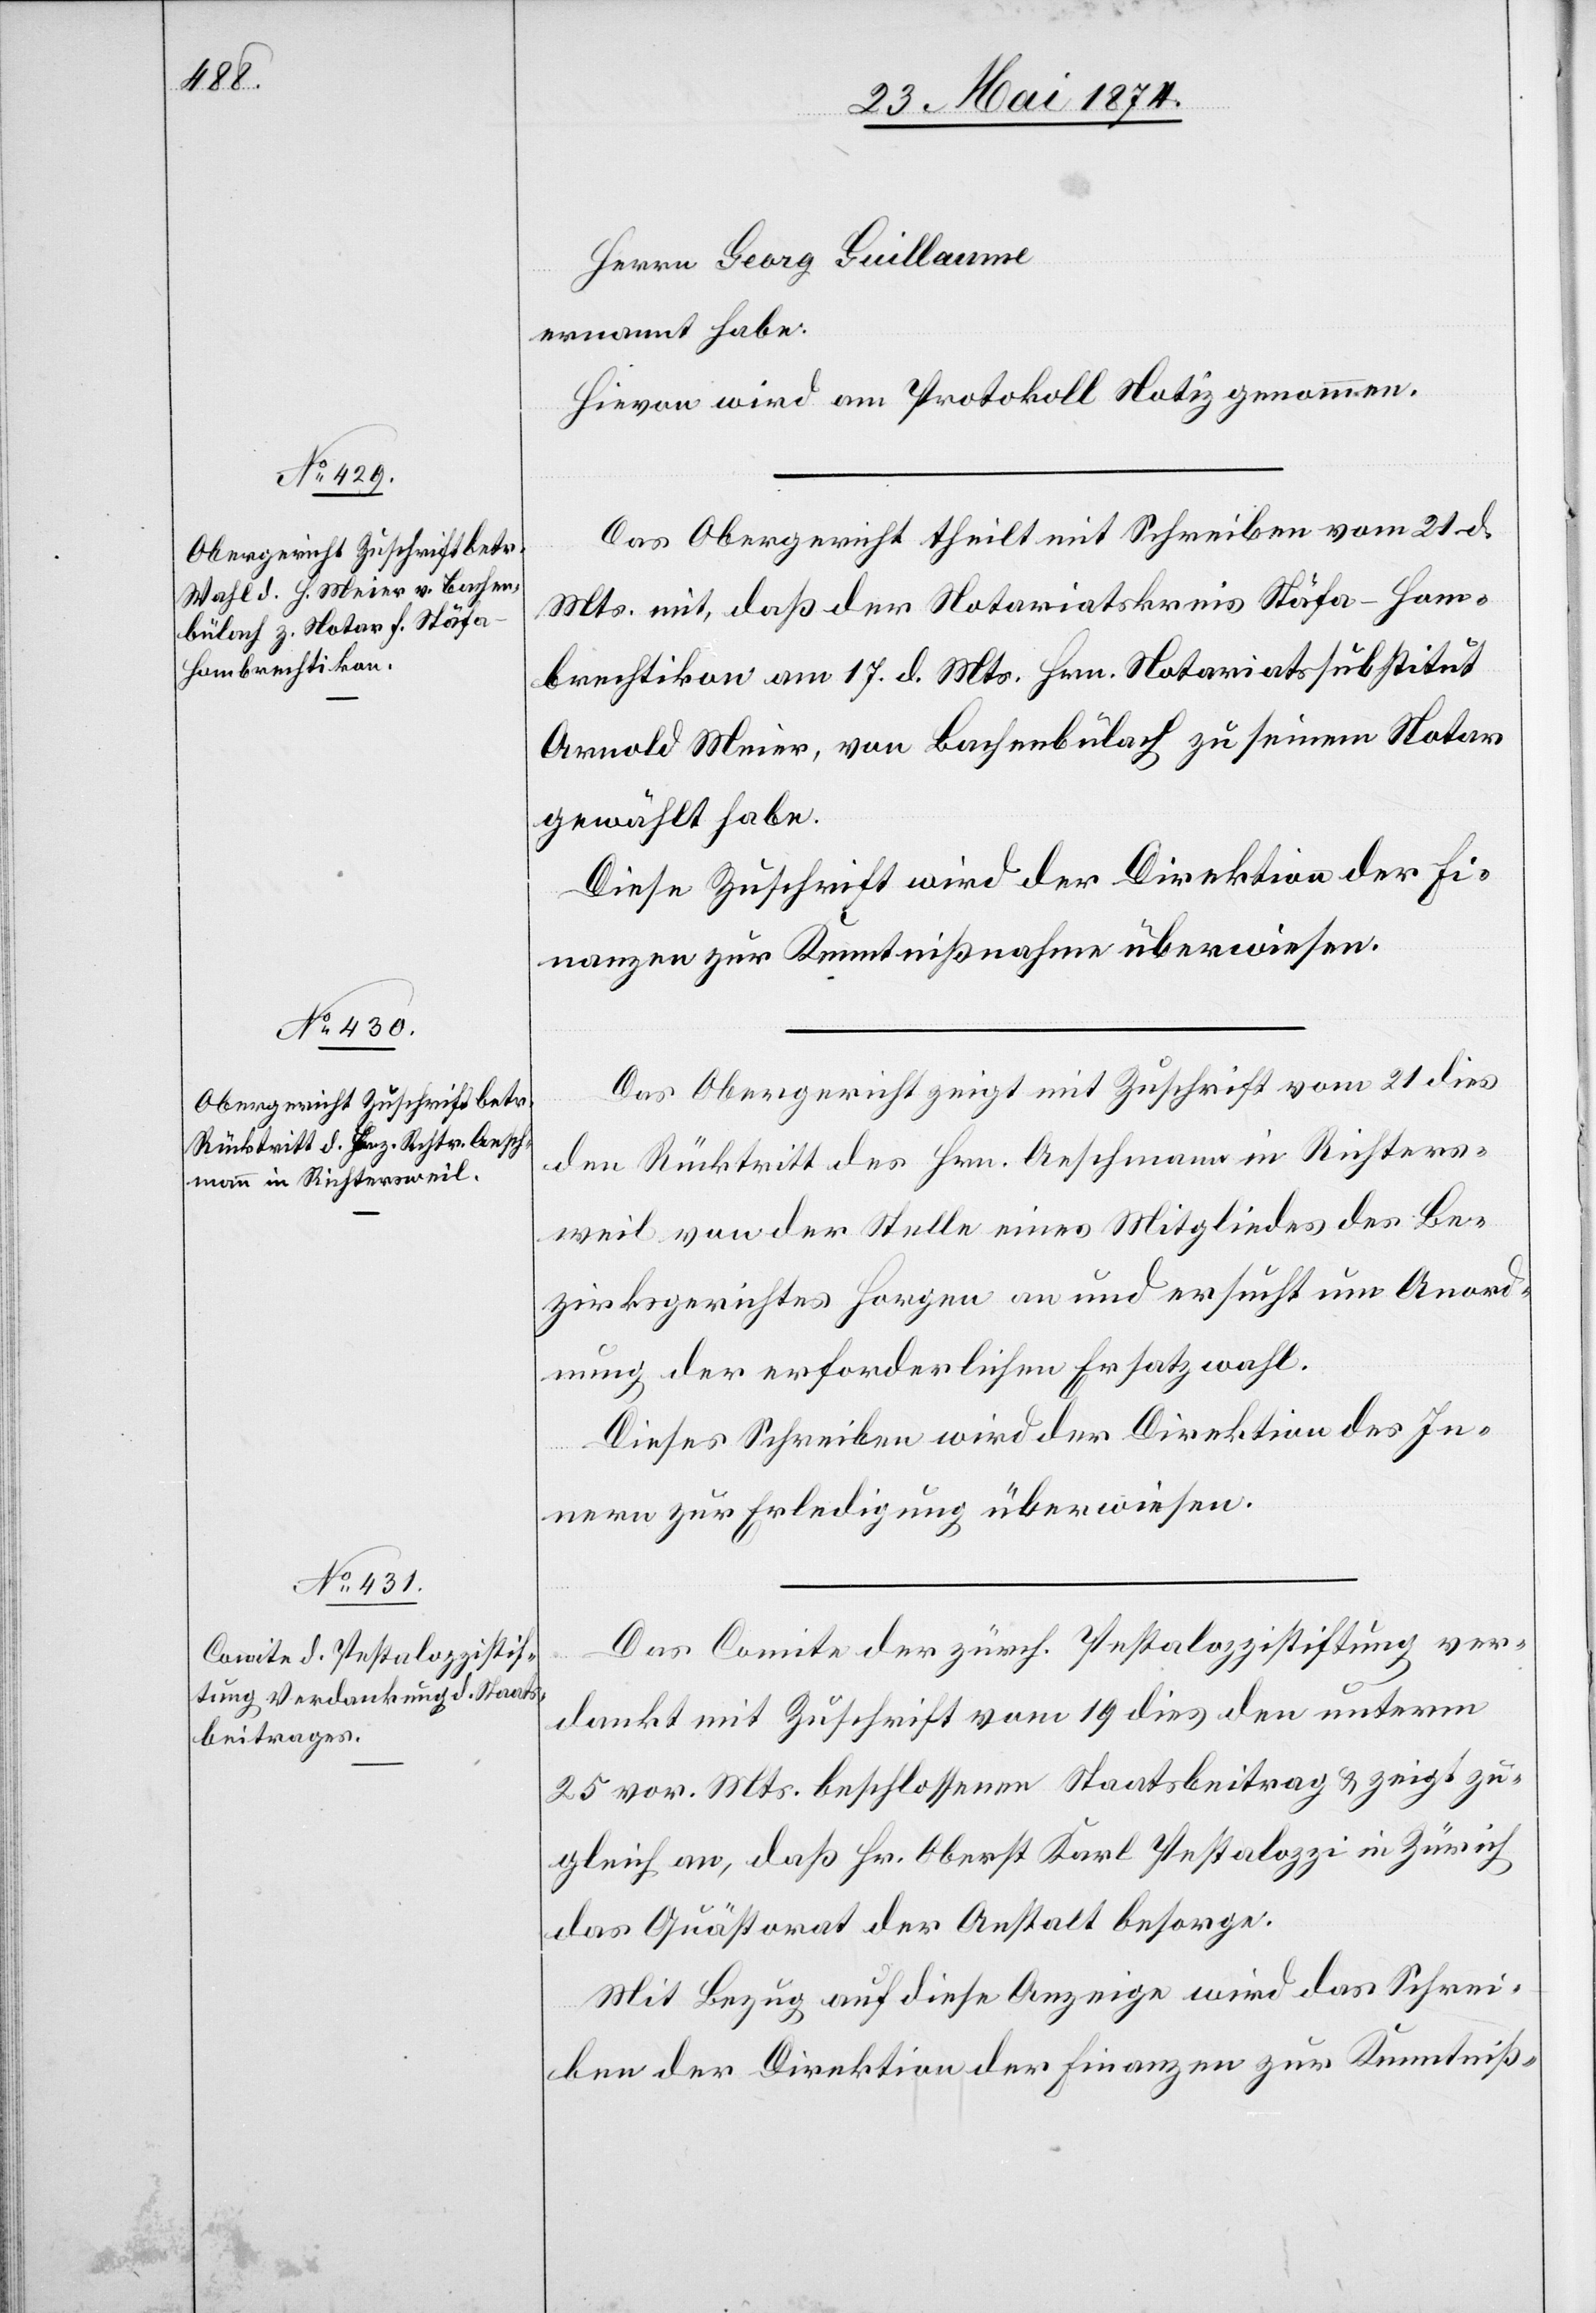
Herrn Georg Guillaume
ernannt habe.
Hievon wird am Protokoll Notiz genommen.
Das Obergericht theilt mit Schreiben vom 21. d.
Mts. mit, daß der Notariatskreis Stäfa-Hom¬
brechtikon am 17. d. Mts. Hrn. Notariatssubstitut
Arnold Meier, von Bachenbülach zu seinem Notar
gewählt habe.
Diese Zuschrift wird der Direktion der Fi¬
nanzen zur Kenntnißnahme überwiesen.
Das Obergericht zeigt mit Zuschrift vom 21. dies
den Rücktritt des Hrn. Aeschmann in Richters¬
weil von der Stelle eines Mitgliedes des Be¬
zirksgerichtes Horgen an und ersucht um Anord¬
nung der erforderlichen Ersatzwahl.
Dieses Schreiben wird der Direktion des In¬
nern zur Erledigung überwiesen.
Das Comite der zürch. Pestalozzistiftung ver¬
dankt mit Zuschrift vom 19. dies den unterm
25. vor. Mts. beschlossenen Staatsbeitrag u. zeigt zu¬
gleich an, daß Hr. Oberst Karl Pestalozzi in Zürich
das Quästorat der Anstalt besorge.
Mit Bezug auf diese Anzeige wird das Schrei¬
ben der Direktion der Finanzen zur Kenntniß-